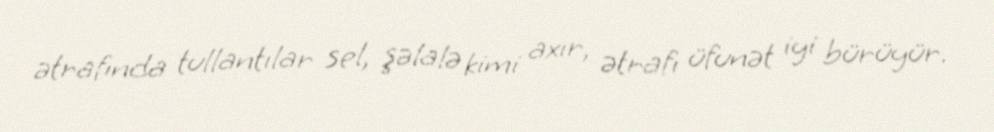
ətrafında tullantılar sel, şəlalə kimi axır, ətrafı üfunət iyi bürüyür.